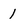
Character: 1